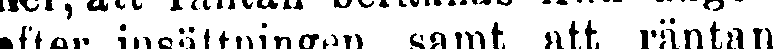
efter insättningen samt att räntan